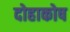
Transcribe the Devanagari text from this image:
दोहाकोष